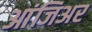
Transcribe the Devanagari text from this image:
आंजिअर